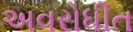
અવરોધીત